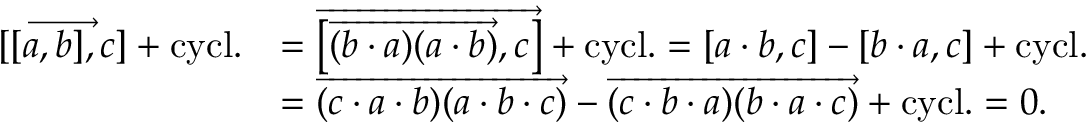
\begin{array} { r l } { \overrightarrow { [ [ a , b ] , c ] } + \mathrm { c y c l . } } & { = \overrightarrow { \left[ \overrightarrow { ( b \cdot a ) ( a \cdot b ) } , c \right] } + \mathrm { c y c l . } = [ a \cdot b , c ] - [ b \cdot a , c ] + \mathrm { c y c l . } } \\ & { = \overrightarrow { ( c \cdot a \cdot b ) ( a \cdot b \cdot c ) } - \overrightarrow { ( c \cdot b \cdot a ) ( b \cdot a \cdot c ) } + \mathrm { c y c l . } = 0 . } \end{array}